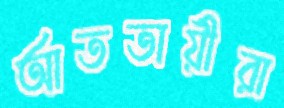
আততায়ীরা